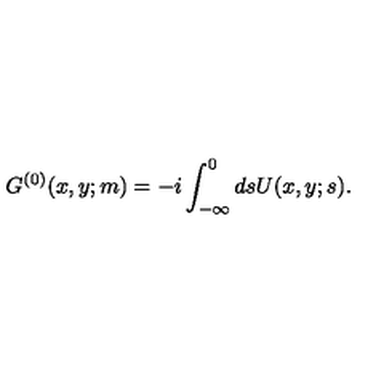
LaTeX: G ^ { ( 0 ) } ( x , y ; m ) = - i \int _ { - \infty } ^ { 0 } d s U ( x , y ; s ) .